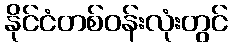
နိုင်ငံတစ်ဝန်းလုံးတွင်